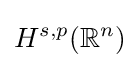
H^{s,p}(\mathbb {R} ^{n})